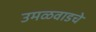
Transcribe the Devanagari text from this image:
उमळवाडचे